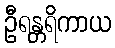
ဦရန္တရိကာယ